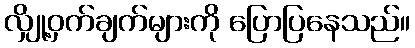
လျှို့ဝှက်ချက်များကို ပြောပြနေသည်။